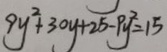
9 y ^ { 2 } + 3 0 y + 2 5 - p y ^ { 2 } = 1 5